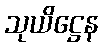
သုယိဋ္ဌေန